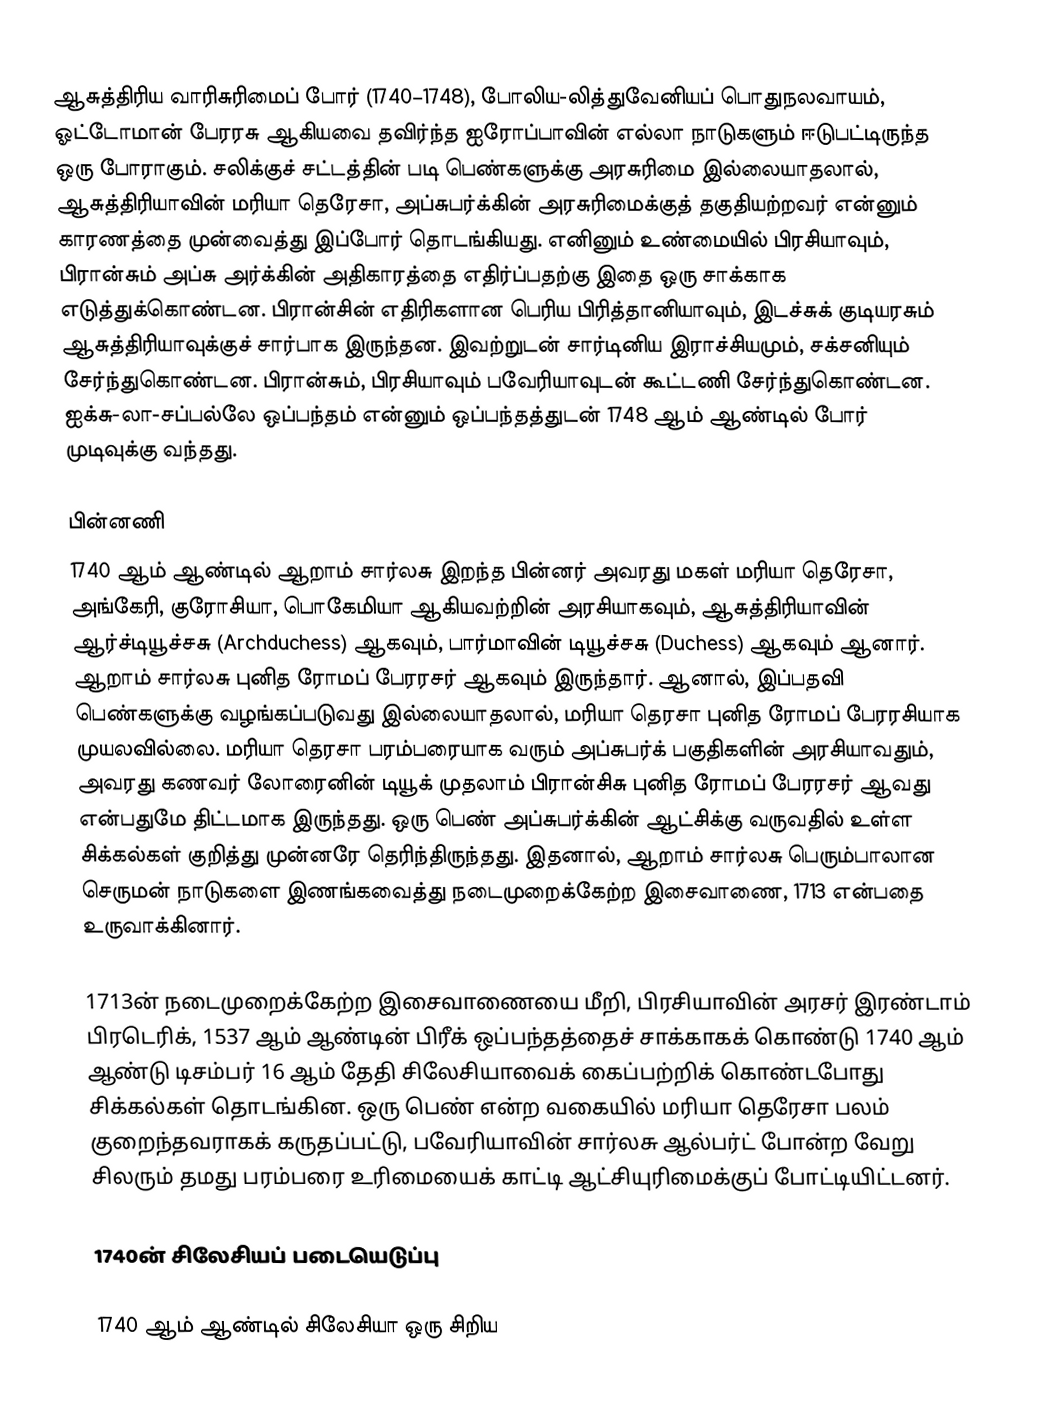
ஆசுத்திரிய வாரிசுரிமைப் போர் (1740–1748), போலிய-லித்துவேனியப் பொதுநலவாயம், ஓட்டோமான் பேரரசு ஆகியவை தவிர்ந்த ஐரோப்பாவின் எல்லா நாடுகளும் ஈடுபட்டிருந்த ஒரு போராகும். சலிக்குச் சட்டத்தின் படி பெண்களுக்கு அரசுரிமை இல்லையாதலால், ஆசுத்திரியாவின் மரியா தெரேசா, அப்சுபர்க்கின் அரசுரிமைக்குத் தகுதியற்றவர் என்னும் காரணத்தை முன்வைத்து இப்போர் தொடங்கியது. எனினும் உண்மையில் பிரசியாவும், பிரான்சும் அப்சு அர்க்கின் அதிகாரத்தை எதிர்ப்பதற்கு இதை ஒரு சாக்காக எடுத்துக்கொண்டன. பிரான்சின் எதிரிகளான பெரிய பிரித்தானியாவும், இடச்சுக் குடியரசும் ஆசுத்திரியாவுக்குச் சார்பாக இருந்தன. இவற்றுடன் சார்டினிய இராச்சியமும், சக்சனியும் சேர்ந்துகொண்டன. பிரான்சும், பிரசியாவும் பவேரியாவுடன் கூட்டணி சேர்ந்துகொண்டன. ஐக்சு-லா-சப்பல்லே ஒப்பந்தம் என்னும் ஒப்பந்தத்துடன் 1748 ஆம் ஆண்டில் போர் முடிவுக்கு வந்தது.

பின்னணி
1740 ஆம் ஆண்டில் ஆறாம் சார்லசு இறந்த பின்னர் அவரது மகள் மரியா தெரேசா, அங்கேரி, குரோசியா, பொகேமியா ஆகியவற்றின் அரசியாகவும், ஆசுத்திரியாவின் ஆர்ச்டியூச்சசு (Archduchess) ஆகவும், பார்மாவின் டியூச்சசு (Duchess) ஆகவும் ஆனார். ஆறாம் சார்லசு புனித ரோமப் பேரரசர் ஆகவும் இருந்தார். ஆனால், இப்பதவி பெண்களுக்கு வழங்கப்படுவது இல்லையாதலால், மரியா தெரசா புனித ரோமப் பேரரசியாக முயலவில்லை. மரியா தெரசா பரம்பரையாக வரும் அப்சுபர்க் பகுதிகளின் அரசியாவதும், அவரது கணவர் லோரைனின் டியூக் முதலாம் பிரான்சிசு புனித ரோமப் பேரரசர் ஆவது என்பதுமே திட்டமாக இருந்தது. ஒரு பெண் அப்சுபர்க்கின் ஆட்சிக்கு வருவதில் உள்ள சிக்கல்கள் குறித்து முன்னரே தெரிந்திருந்தது. இதனால், ஆறாம் சார்லசு பெரும்பாலான செருமன் நாடுகளை இணங்கவைத்து நடைமுறைக்கேற்ற இசைவாணை, 1713 என்பதை உருவாக்கினார்.

1713ன் நடைமுறைக்கேற்ற இசைவாணையை மீறி, பிரசியாவின் அரசர் இரண்டாம் பிரடெரிக், 1537 ஆம் ஆண்டின் பிரீக் ஒப்பந்தத்தைச் சாக்காகக் கொண்டு 1740 ஆம் ஆண்டு டிசம்பர் 16 ஆம் தேதி சிலேசியாவைக் கைப்பற்றிக் கொண்டபோது சிக்கல்கள் தொடங்கின. ஒரு பெண் என்ற வகையில் மரியா தெரேசா பலம் குறைந்தவராகக் கருதப்பட்டு, பவேரியாவின் சார்லசு ஆல்பர்ட் போன்ற வேறு சிலரும் தமது பரம்பரை உரிமையைக் காட்டி ஆட்சியுரிமைக்குப் போட்டியிட்டனர்.

1740ன் சிலேசியப் படையெடுப்பு

1740 ஆம் ஆண்டில் சிலேசியா ஒரு சிறிய